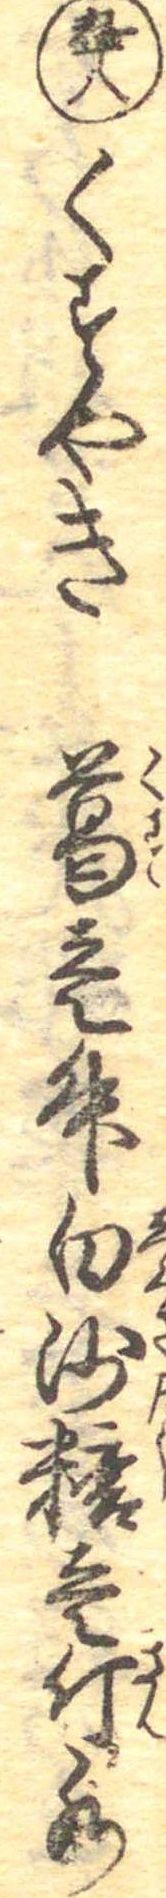
九十八くすやき葛壱升白砂糖壱斤水